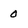
Character: 0